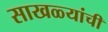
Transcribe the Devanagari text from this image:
साखळ्यांची